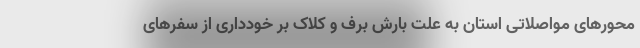
محورهای مواصلاتی استان به علت بارش برف و کلاک بر خودداری از سفرهای